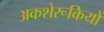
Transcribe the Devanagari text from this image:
अकशेरूकियों